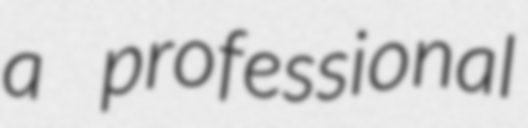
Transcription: a professional